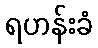
ရဟန်းခံ